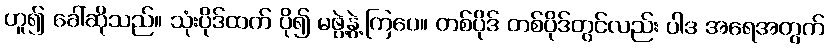
ဟူ၍ ခေါ်ဆိုသည်။ သုံးပိုဒ်ထက် ပို၍ မဖွဲ့နွဲ့ကြပေ။ တစ်ပိုဒ် တစ်ပိုဒ်တွင်လည်း ပါဒ အရေအတွက်